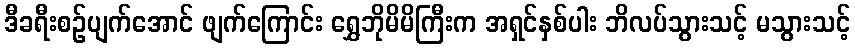
ဒီခရီးစဉ်ပျက်အောင် ဖျက်ကြောင်း ရွှေဘိုမိမိကြီးက အရှင်နှစ်ပါး ဘိလပ်သွားသင့် မသွားသင့်